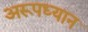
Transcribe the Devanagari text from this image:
अरूपध्यान